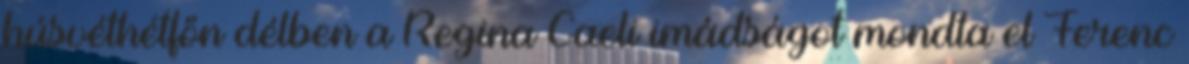
húsvéthétfőn délben a Regina Caeli imádságot mondta el Ferenc